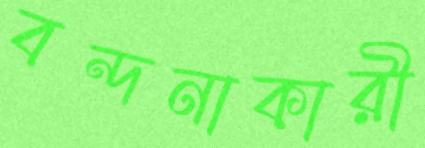
বন্দনাকারী